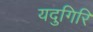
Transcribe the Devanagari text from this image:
यदुगिरि